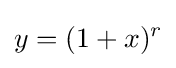
y=(1+x)^{r}